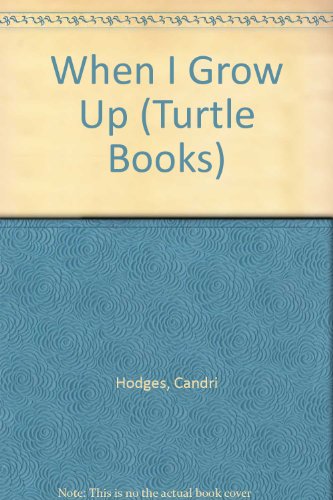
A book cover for When I Grow Up (Turtle Books); Candri Hodges; Health, Fitness & Dieting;